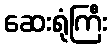
ဆေးရုံကြီး